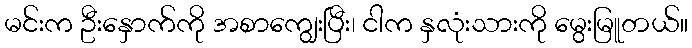
မင်းက ဦးနှောက်ကို အစာကျွေးပြီး၊ ငါက နှလုံးသားကို မွေးမြူတယ်။